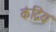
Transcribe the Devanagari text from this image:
कंद्रिय